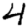
Digit: 4